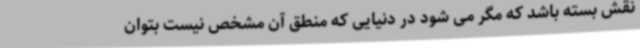
نقش بسته باشد که مگر می شود در دنیایی که منطق آن مشخص نیست بتوان